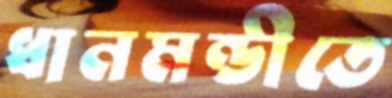
ধানমন্ডীতে